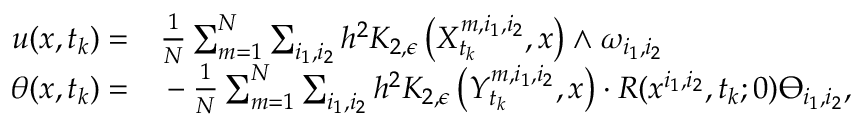
\begin{array} { r l } { u ( x , t _ { k } ) = } & { { } \frac { 1 } { N } \sum _ { m = 1 } ^ { N } \sum _ { i _ { 1 } , i _ { 2 } } h ^ { 2 } K _ { 2 , \epsilon } \left( X _ { t _ { k } } ^ { m , i _ { 1 } , i _ { 2 } } , x \right) \wedge \omega _ { i _ { 1 } , i _ { 2 } } } \\ { \theta ( x , t _ { k } ) = } & { { } - \frac { 1 } { N } \sum _ { m = 1 } ^ { N } \sum _ { i _ { 1 } , i _ { 2 } } h ^ { 2 } K _ { 2 , \epsilon } \left( Y _ { t _ { k } } ^ { m , i _ { 1 } , i _ { 2 } } , x \right) \cdot R ( x ^ { i _ { 1 } , i _ { 2 } } , t _ { k } ; 0 ) \varTheta _ { i _ { 1 } , i _ { 2 } } , } \end{array}